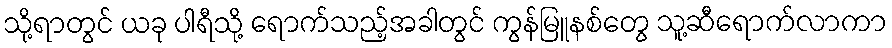
သို့ရာတွင် ယခု ပါရီသို့ ရောက်သည့်အခါတွင် ကွန်မြူနစ်တွေ သူ့ဆီရောက်လာကာ